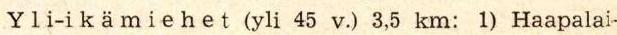
Yli-ikämiehet (yli 45 v.) 3,5 km: 1) Haapalai-